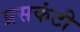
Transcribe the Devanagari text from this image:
प्रसकंटी